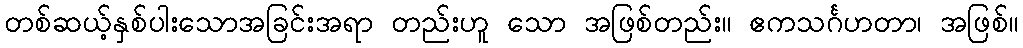
တစ်ဆယ့်နှစ်ပါးသောအခြင်းအရာ တည်းဟူ သော အဖြစ်တည်း။ ဧကသင်္ဂဟတာ၊ အဖြစ်။